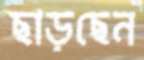
ছাড়ছেন